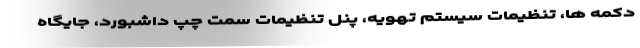
دکمه ها، تنظیمات سیستم تهویه، پنل تنظیمات سمت چپ داشبورد، جایگاه